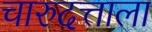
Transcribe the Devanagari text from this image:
चारुदत्ताला